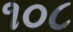
૧૦૮